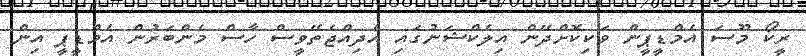
ރީކޯ މޫސަ އެމްޑީޕީން ވަކިކޮށްދޭން އިލެކްޝަނުގައި އެދިއްޖެތޭވީސް ހާސް މެންބަރުން އެމްޑީޕީ އިން